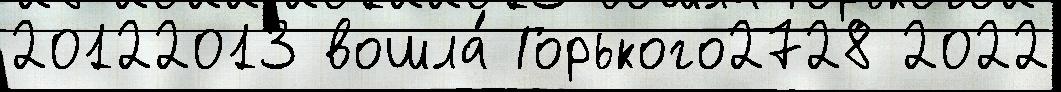
20122013 вошла́ Горького2728 2022